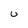
Character: U